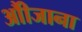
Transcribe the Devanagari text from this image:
औीजाना